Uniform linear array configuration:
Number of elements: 16
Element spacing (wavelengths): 1
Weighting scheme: uniform
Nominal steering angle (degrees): -60
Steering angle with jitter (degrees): -58.497
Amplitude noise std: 0.05
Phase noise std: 0.05

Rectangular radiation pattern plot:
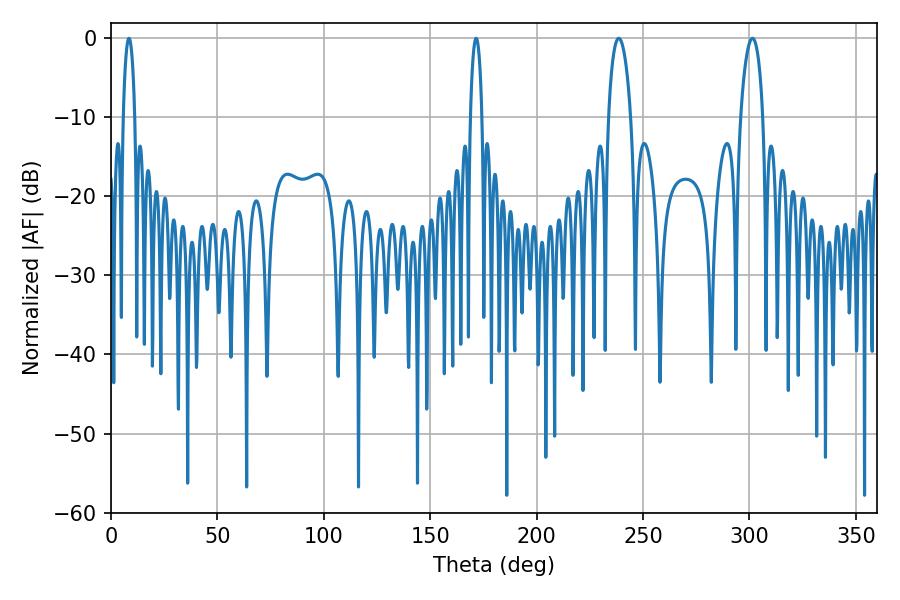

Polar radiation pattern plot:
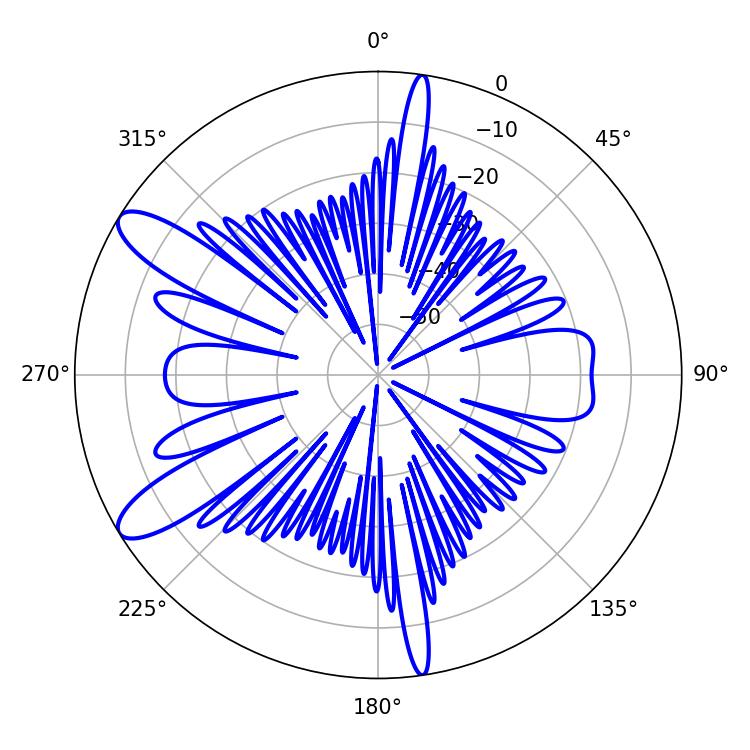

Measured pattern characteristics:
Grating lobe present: TRUE
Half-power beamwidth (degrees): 3.06
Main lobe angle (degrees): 171.54